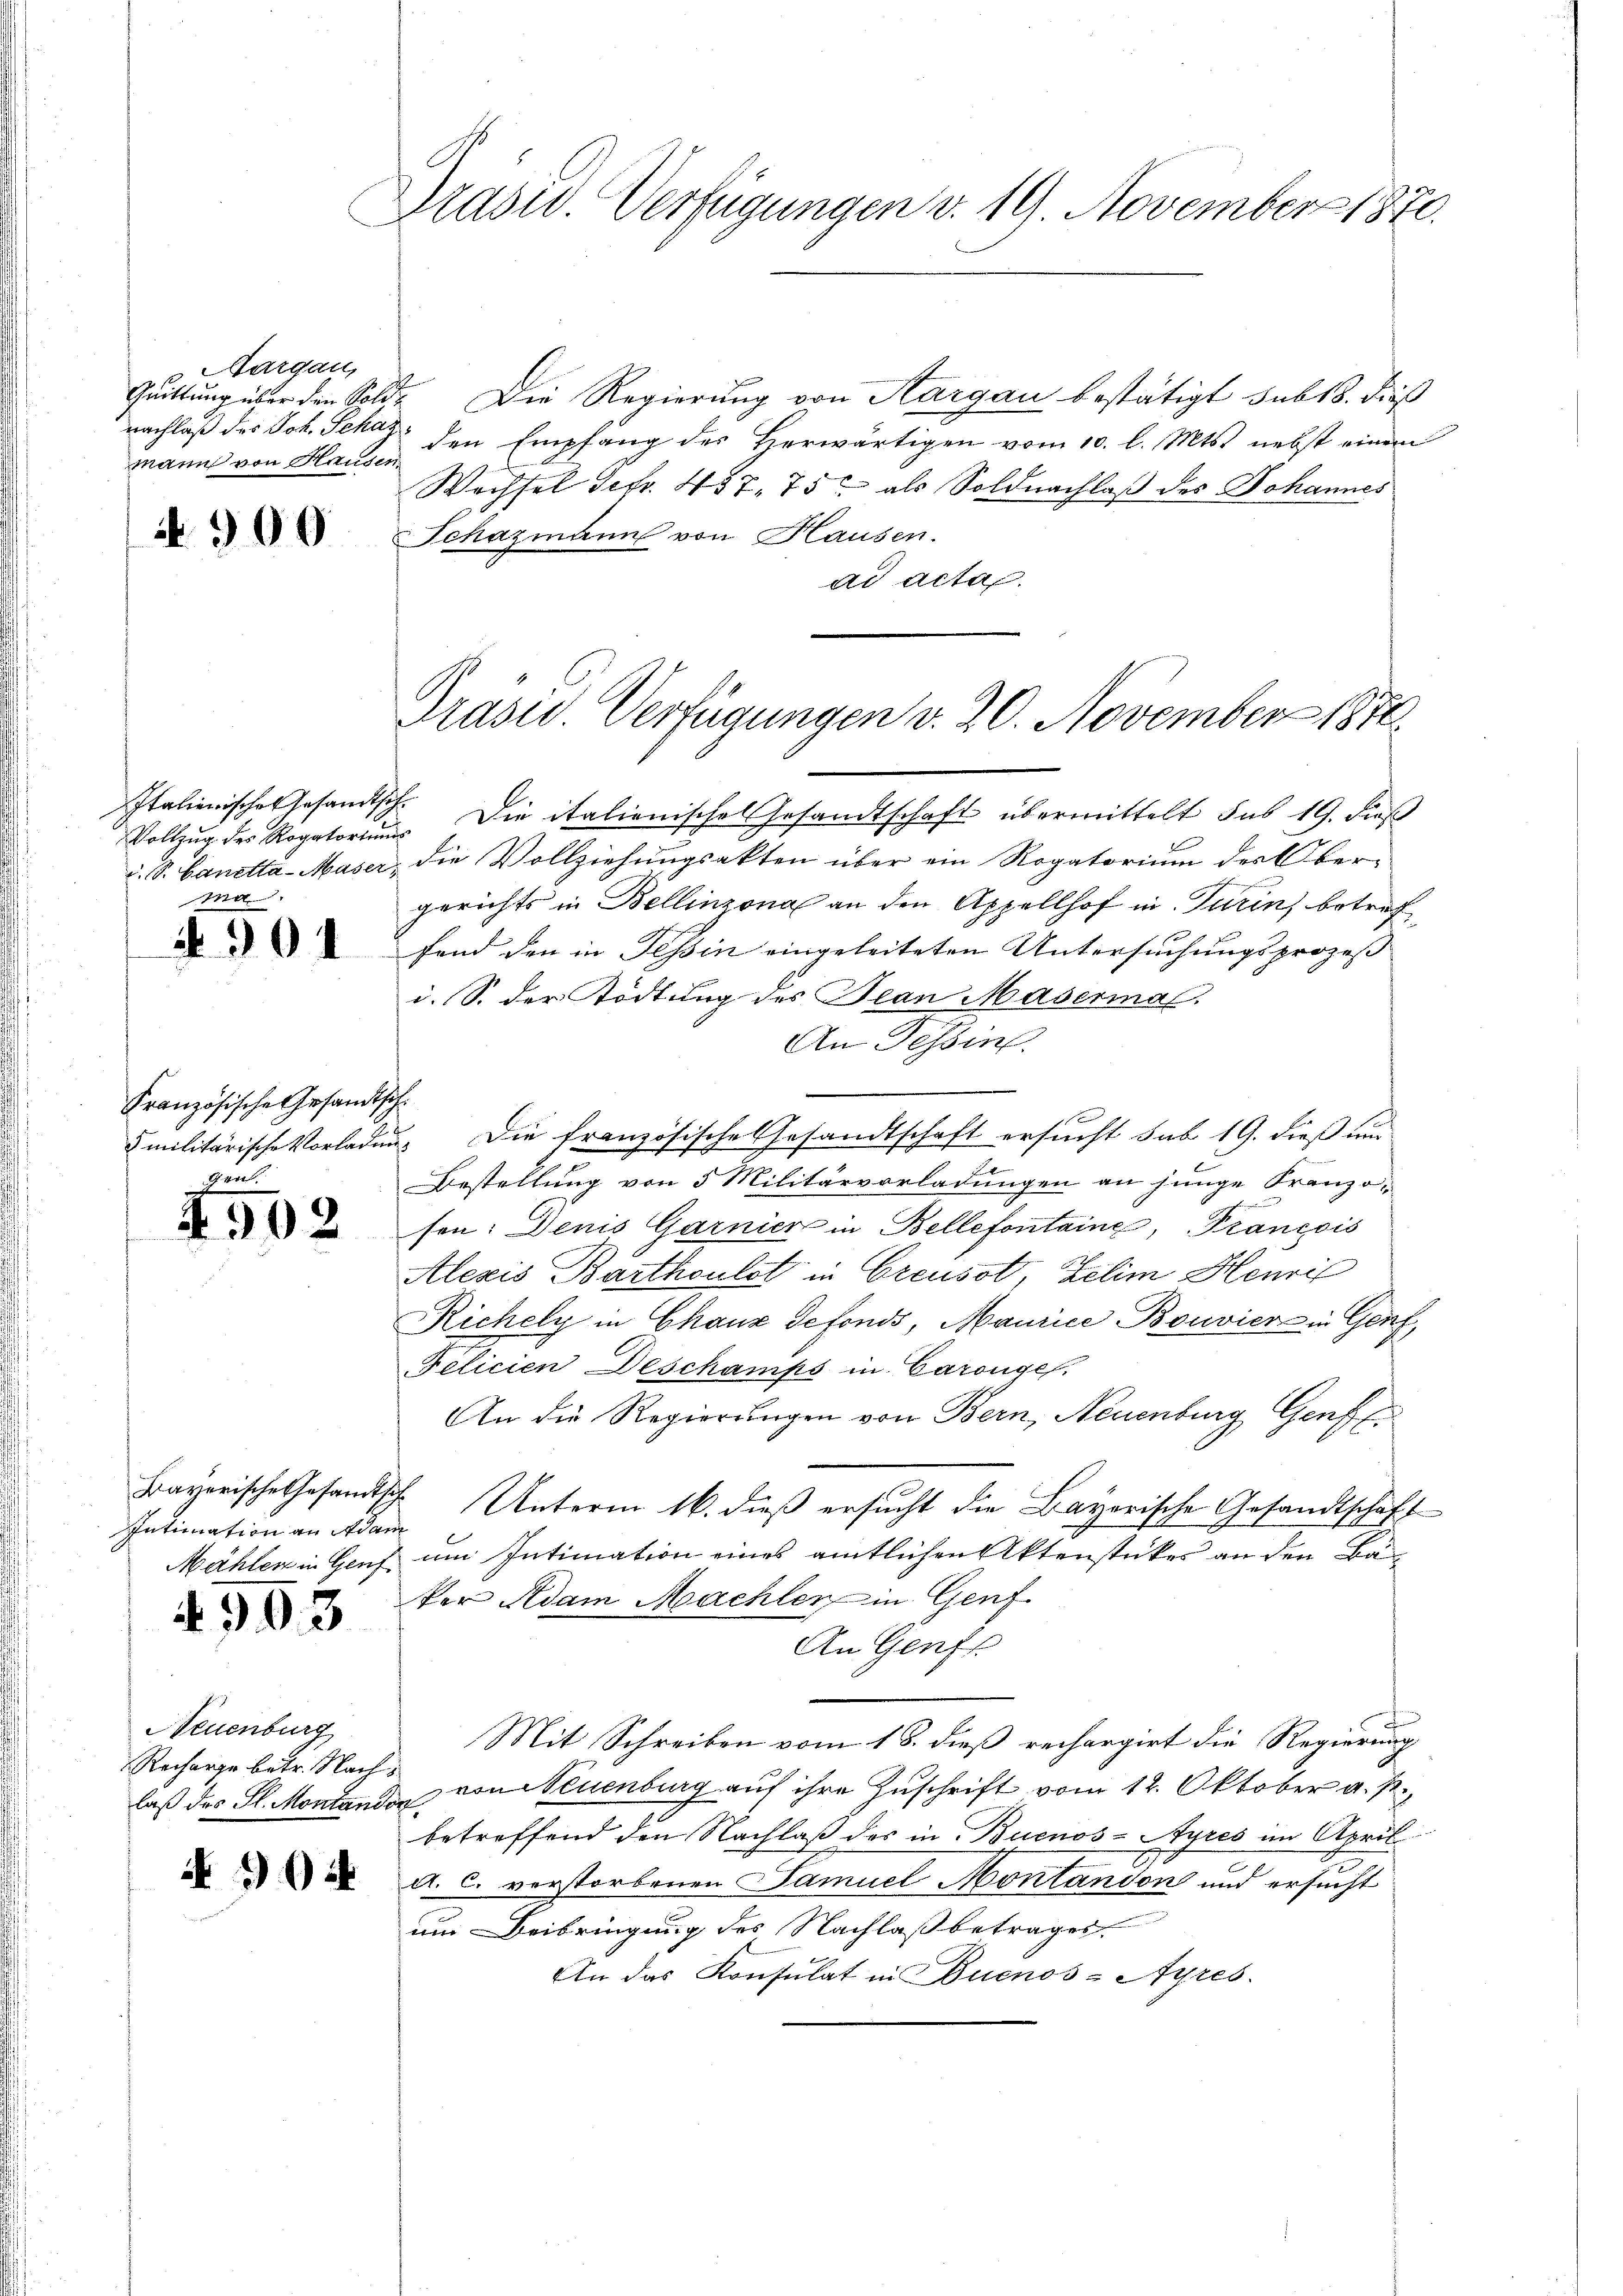
Aargau,
nachlaß des Joh. Schag
mann von Hausen.
N. 900

Italienische Gesandtsch¬
.

304

Französische Gesandtschgen.

4902

Intimation an Adam
4903

Neuenburg
Recharge betr. Nachs

A 102

Präsid. Verfügungen v. 19. November 1870.

s
Quittung über den Sold. Die Regierung von Aargau bestätigt sub 18. dieß
den Empfang des Horwärtigen vom 10. l. Mts. nebst einem
Wechsel Febr. 457. 752 als Soldnachlaß des Johannes
Schazmann von Hausen.
ad acta.

Präsid. Verfügungen v. 20. November 1874.

Vollzŭg der Rogatorium Die italienische Gesandtschaft übermittelt das 19. dieß
u. S. Canetta-Maser, die Vollziehungsakten über ein Rogatorium der Obergerichts in Bellinzona an den Appellhof in Turin, betref
fend den in Tessin eingeleiteten Untersuchungsprozeß
i. S. der Tödtung des Jean Masermal.
An Tessin.
5 militärische Vorladung die französische Gesandtschaft ersucht sub 19. dieß um
Bestellung von 5 Militärvorladungen an junge Französen: Denis Garnier in Bellefontaine, Prancois
Alezis Barthoulst in Creusot, Zelim Henri
Richely in Chanz Sefonds, Maurice Bouvier in Genf,
Felicien Deschamps in Carouge.
An die Regierungen von Bern, Neuenburg Genf fi
Bayerische Gesandtsche Unterm 16. dieß ersucht die Bayerische Gesandtschaft
Mählen in Genf um Intimation eines amtlichen Aktenstückes an den Bäker Adam Machler in Genf
An Genf
Mit Schreiben vom 18. dieß rechargirt die Regierung
laß das Fl. Montander von Neuenburg auf ihre Zuschrift vom 12. Oktober a. p.,
betreffend den Nachlaß des in Buenos-Ayres im April
A. C. verstorbenen Samuel Montandon und ersucht
um Beibringung des Nachlaß betrages
An das Konsulat in Buenos-Ayres